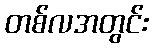
တစ်လအတွင်း